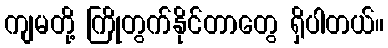
ကျမတို့ ကြိုတွက်နိုင်တာတွေ ရှိပါတယ်။